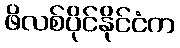
ဖိလစ်ပိုင်နိုင်ငံက